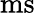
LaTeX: \mathrm{ms}